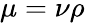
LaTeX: \mu=\nu\rho